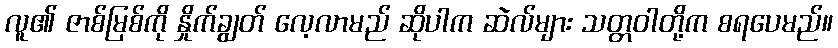
လူ၏ ဇာစ်မြစ်ကို နှိုက်ချွတ် လေ့လာမည် ဆိုပါက ဆဲလ်များ သတ္တဝါတို့က စရပေမည်။